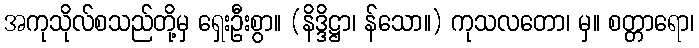
အကုသိုလ်စသည်တို့မှ ရှေးဦးစွာ။ (နိဒ္ဒိဋ္ဌာ၊ န်သော။) ကုသလတော၊ မှ။ စတ္တာရော၊